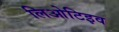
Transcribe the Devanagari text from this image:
लिओटिइव